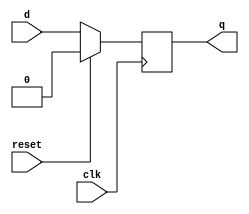
`timescale 1ns / 1ps
//////////////////////////////////////////////////////////////////////////////////
// Company: 
// Engineer: 
// 
// Design Name: 
// Module Name: dff
// Project Name: 
// Target Devices: 
// Tool Versions: 
// Description: 
// 
// Dependencies: 
// 
// Revision:
// Revision 0.01 - File Created
// Additional Comments:
// 
//////////////////////////////////////////////////////////////////////////////////


module dff(output reg q, input d, clk,reset);
always @(posedge clk)
begin
    if(reset)   
        q <=0;
    else
        q <= d;
end
endmodule